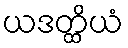
ယဒတ္ထိယံ